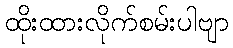
ထိုးထားလိုက်စမ်းပါဗျာ